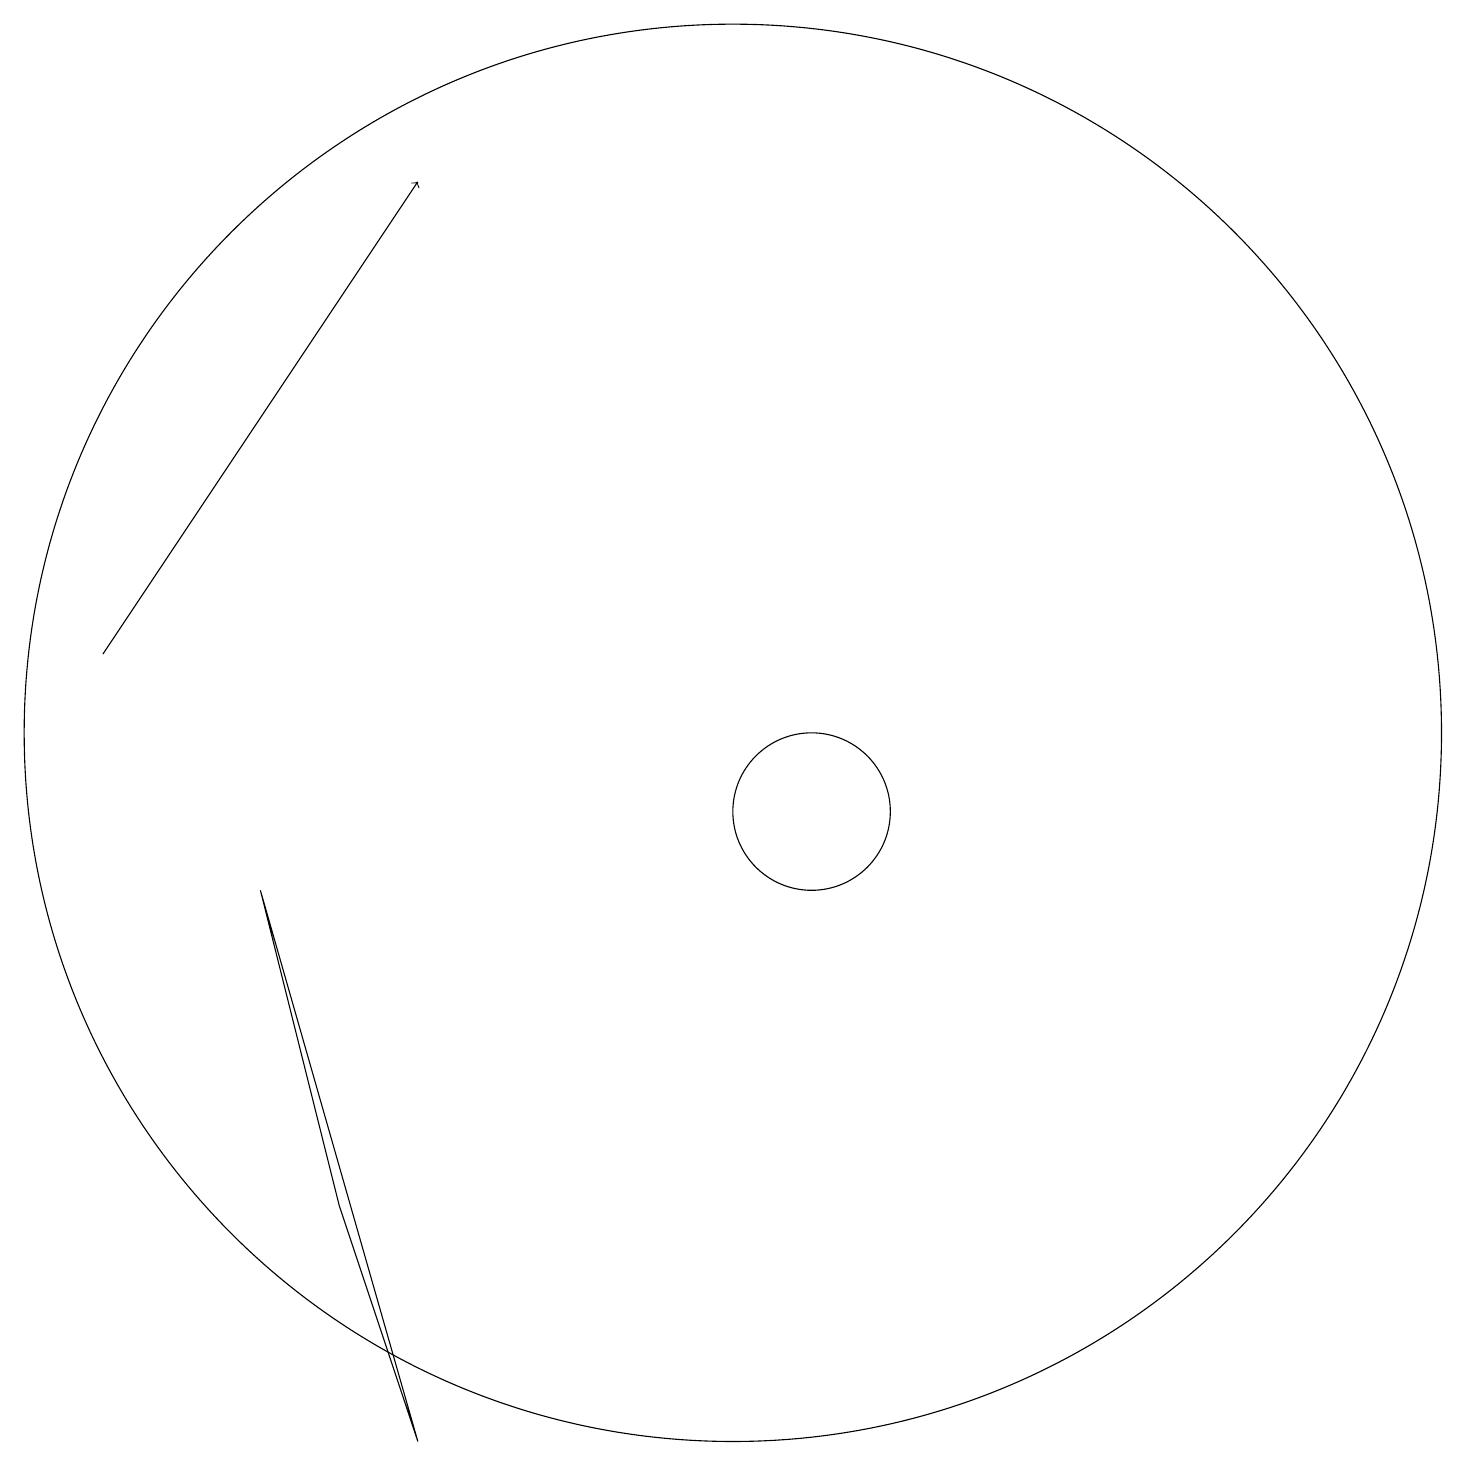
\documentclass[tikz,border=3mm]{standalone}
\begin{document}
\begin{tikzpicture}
\draw (3,19) rectangle (3,19);
\draw (10,11) circle (9);
\draw[->] (2,12) -- (6,18);
\draw (11,10) circle (1);
\draw (5,5) -- (4,9) -- (6,2) -- cycle;
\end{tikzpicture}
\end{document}